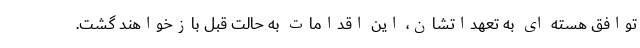
توافق هسته ای به تعهداتشان، این اقدامات به حالت قبل بازخواهند گشت.